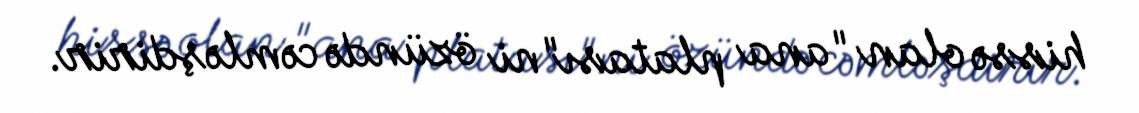
hissə olan "ana platası"ni özündə cəmləşdirir.